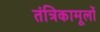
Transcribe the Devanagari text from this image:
तंत्रिकामूलों